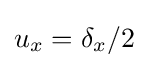
u_{x}=\delta _{x}/2